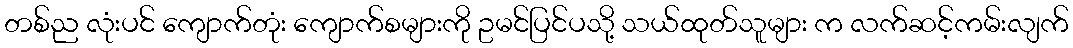
တစ်ည လုံးပင် ကျောက်တုံး ကျောက်စများကို ဥမင်ပြင်ပသို့ သယ်ထုတ်သူများ က လက်ဆင့်ကမ်းလျက်